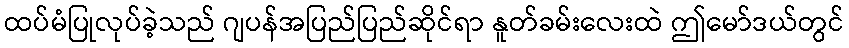
ထပ်မံပြုလုပ်ခဲ့သည် ဂျပန်အပြည်ပြည်ဆိုင်ရာ နူတ်ခမ်းလေးထဲ ဤမော်ဒယ်တွင်